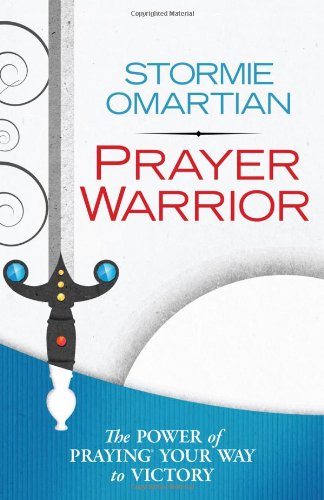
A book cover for Prayer Warrior: The Power of PrayingÂ® Your Way to Victory; Stormie Omartian; Mystery, Thriller & Suspense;